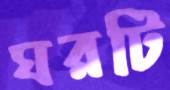
ঘরটি